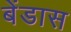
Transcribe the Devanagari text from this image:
बेंडास